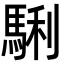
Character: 𩣫